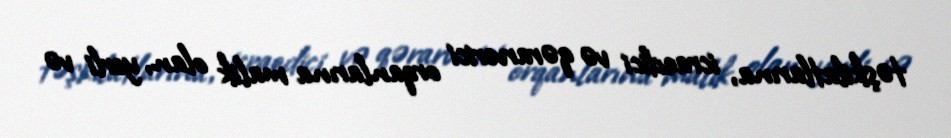
təşkilatlarına, icraedici və qərarverici orqanlarına malik olan, yerli və